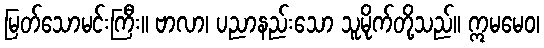
မြတ်သောမင်းကြီး။ ဗာလာ၊ ပညာနည်းသော သူမိုက်တို့သည်။ ဣမမေဝ၊